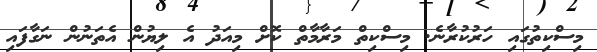
މިސްކިތުގައި ހަރުކުރާނެ. މިސްކިތް މަރާމާތް ކޮށް މިއަދު އެ ލިޔުން އެތަނުން ނަގާފައި